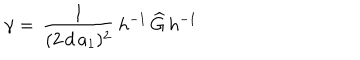
\gamma = \, \frac { 1 } { ( 2 \, d \, a _ { 1 } ) ^ { 2 } } \, h ^ { - 1 } \, \widehat { G } \, h ^ { - 1 }